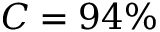
C = 9 4 \%